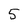
Character: 5